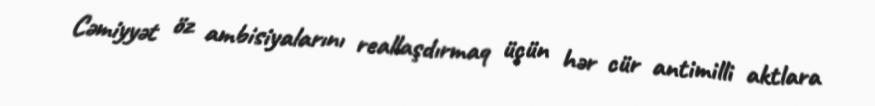
Cəmiyyət öz ambisiyalarını reallaşdırmaq üçün hər cür antimilli aktlara